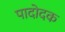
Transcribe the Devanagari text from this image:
पादोदक